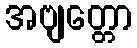
အဗျတ္တော